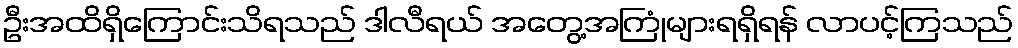
ဦးအထိရှိကြောင်းသိရသည် ဒါလီရယ် အတွေ့အကြုံများရရှိရန် လာပင့်ကြသည်